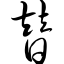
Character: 替